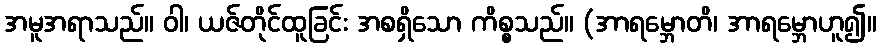
အမူအရာသည်။ ဝါ၊ ယဇ်တိုင်ထူခြင်း အစရှိသော ကိစ္စသည်။ (အာရမ္ဘောတိ၊ အာရမ္ဘောဟူ၍။